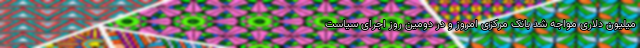
میلیون دلاری مواجه شد بانک مرکزی امروز و در دومین روز اجرای سیاست